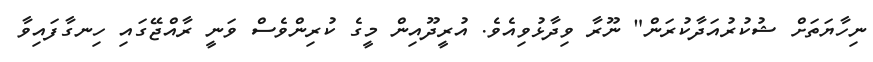
ނިހާޔަތަށް ޝުކުރުއަދާކުރަން" ނޫރާ ވިދާޅުވިއެވެ. އުރީދޫއިން މީގެ ކުރިންވެސް ވަނީ ރާއްޖޭގައި ހިނގާފައިވާ